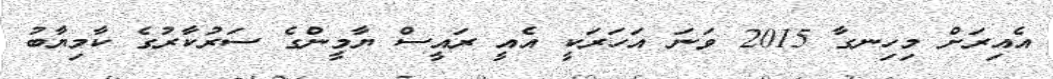
އެއިރަށް މިހިނގާ 2015 ވަނަ އަހަރަކީ އެއީ ރައީސް ޔާމީންގެ ސަރުކާރުގެ ކާމިޔާބު